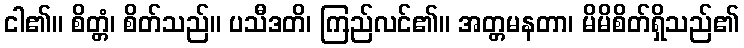
ငါ၏။ စိတ္တံ၊ စိတ်သည်။ ပသီဒတိ၊ ကြည်လင်၏။ အတ္တမနတာ၊ မိမိစိတ်ရှိသည်၏